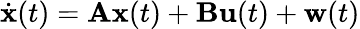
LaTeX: {\dot{\mathbf{x}}}(t)=\mathbf{A}\mathbf{x}(t)+\mathbf{B}\mathbf{u}(t)+\mathbf{w}(t)